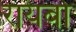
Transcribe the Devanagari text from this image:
रायबो